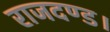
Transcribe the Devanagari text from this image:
राजदण्ड।